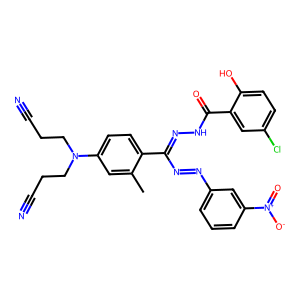
SMILES: Cc1cc(N(CCC#N)CCC#N)ccc1C(N=Nc1cccc([N+](=O)[O-])c1)=NNC(=O)c1cc(Cl)ccc1O
Inhibits HIV replication: No